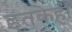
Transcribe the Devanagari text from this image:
इतकेही